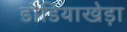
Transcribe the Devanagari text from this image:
डौडियाखेड़ा